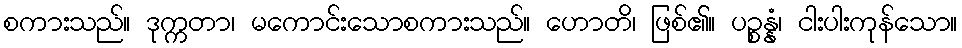
စကားသည်။ ဒုက္ကတာ၊ မကောင်းသောစကားသည်။ ဟောတိ၊ ဖြစ်၏။ ပဉ္စန္နံ၊ ငါးပါးကုန်သော။